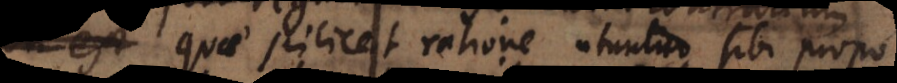
quae scilicet ratione utuntur sibi propo